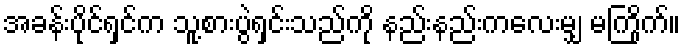
အခန်းပိုင်ရှင်က သူ့စားပွဲရှင်းသည်ကို နည်းနည်းကလေးမျှ မကြိုက်။